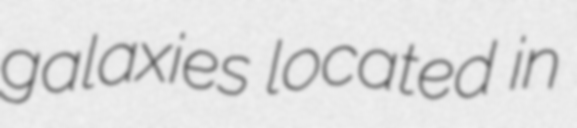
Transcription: galaxies located in